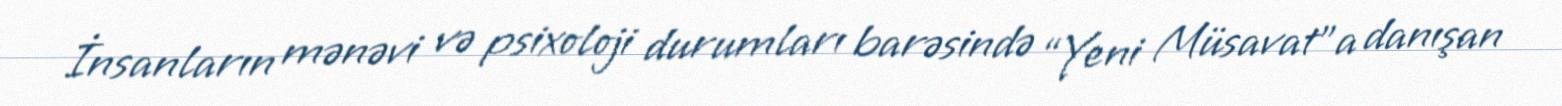
İnsanların mənəvi və psixoloji durumları barəsində “Yeni Müsavat”a danışan